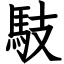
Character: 馶